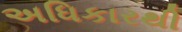
અધિકારથી